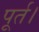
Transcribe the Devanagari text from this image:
पूर्त।